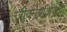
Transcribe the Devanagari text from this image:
जीवनप्रक्रियांची